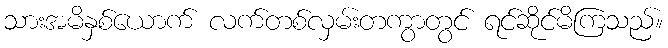
သားအမိနှစ်ယောက် လက်တစ်လှမ်းတကွာတွင် ရင်ဆိုင်မိကြသည်။